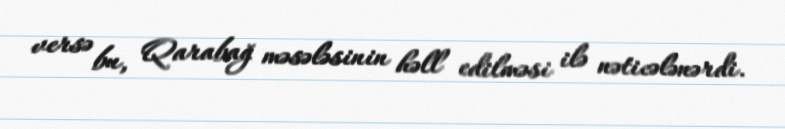
versə bu, Qarabağ məsələsinin həll edilməsi ilə nəticələnərdi.